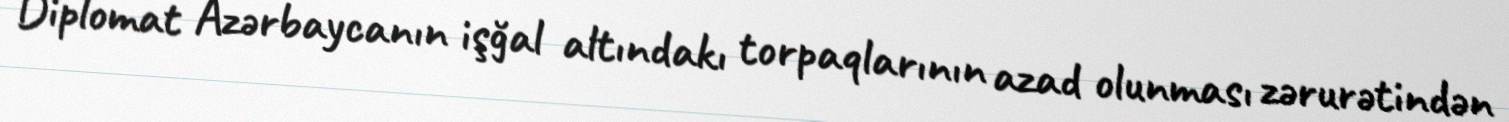
Diplomat Azərbaycanın işğal altındakı torpaqlarının azad olunması zərurətindən